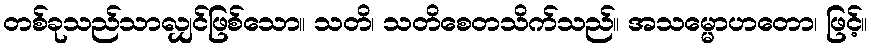
တစ်ခုသည်သာလျှင်ဖြစ်သော။ သတိ၊ သတိစေတသိက်သည်။ အသမ္မောဟတော၊ ဖြင့်။